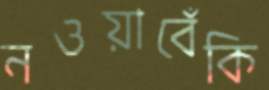
নওয়াবেঁকি